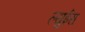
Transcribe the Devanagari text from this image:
ल्युईस